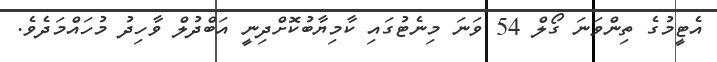
އެޓީމުގެ ތިންވަނަ ގޯލް 54 ވަނަ މިނެޓުގައި ކާމިޔާބުކޮށްދިނީ އަބްދުލް ވާހިދު މުހައްމަދެވެ.